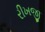
રીખજી